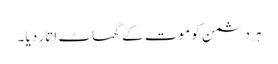
ہر دشمن کو موت کے گھاٹ اتار دیا ۔